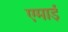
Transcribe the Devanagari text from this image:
एमाई